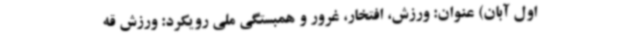
اول آبان) عنوان: ورزش، افتخار، غرور و همبستگی ملی رویکرد: ورزش قه